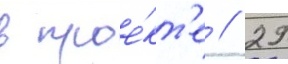
в прое́кт'е // 29